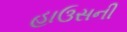
હાઉસની